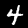
Label: 4